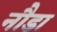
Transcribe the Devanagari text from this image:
नौडा